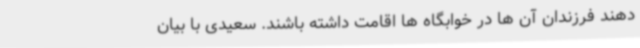
دهند فرزندان آن ها در خوابگاه ها اقامت داشته باشند. سعیدی با بیان